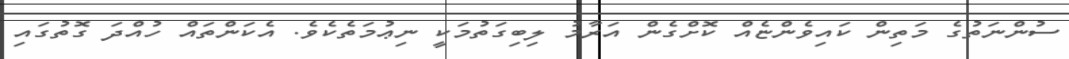
ސުންނަތުގެ މަތިން ކައިވެންޏެއް ކޮށްގެން އަރާމު ލިބިގަތުމަކީ ނިޢުމަތެކެވެ. އެކަންތައް ހުއްދަ ގޮތުގައި